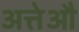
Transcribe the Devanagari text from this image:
अत्तेऔ